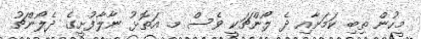
މީހުން ތިބި ކަމަށާއި ދެ ލޯންޗަކީ ވެސް މ. އަތޮޅު ނާލާފުށީގެ ދެލޯންޗު